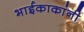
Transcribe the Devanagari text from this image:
भाईकाकांनी